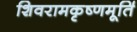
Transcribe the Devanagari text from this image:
शिवरामकृष्णमूर्ति